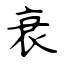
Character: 衰